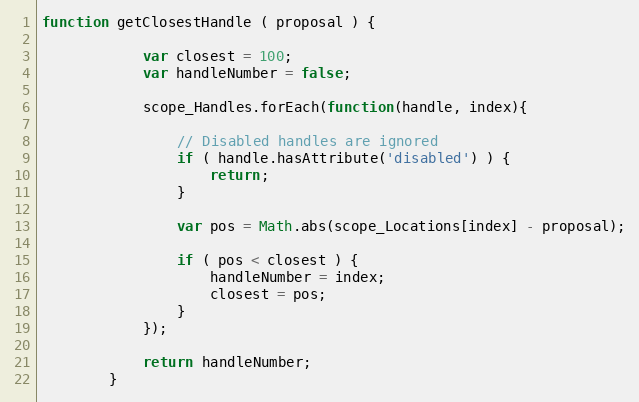
Language: JavaScript
function getClosestHandle ( proposal ) {

            var closest = 100;
            var handleNumber = false;

            scope_Handles.forEach(function(handle, index){

                // Disabled handles are ignored
                if ( handle.hasAttribute('disabled') ) {
                    return;
                }

                var pos = Math.abs(scope_Locations[index] - proposal);

                if ( pos < closest ) {
                    handleNumber = index;
                    closest = pos;
                }
            });

            return handleNumber;
        }